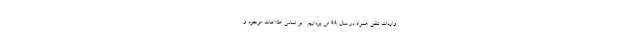
واردات تلفن همراه در سال 99 می پردازیم . بر اساس اطلاعات موجود و